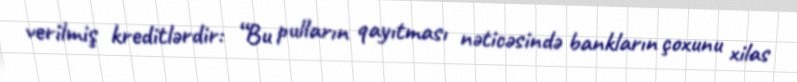
verilmiş kreditlərdir: “Bu pulların qayıtması nəticəsində bankların çoxunu xilas